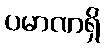
ပမာဏရှိ